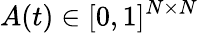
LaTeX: A(t)\in[0,1]^{N\times N}